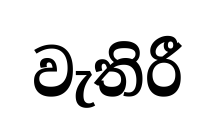
වැතිරී